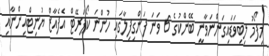
މިފޯމު ލިބިވަޑައިގަންނަވާނީ ބޭންކުގެ 6 ވަނަ ފަންގިފިލާގައި ހުންނަ ކޯޕަރޭޓް އެފެއާޒް ޔުނިޓްއިންނާއި